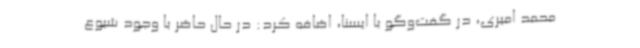
محمد امیری، در گفت‌وگو با ایسنا، اضافه کرد: در حال حاضر با وجود شیوع